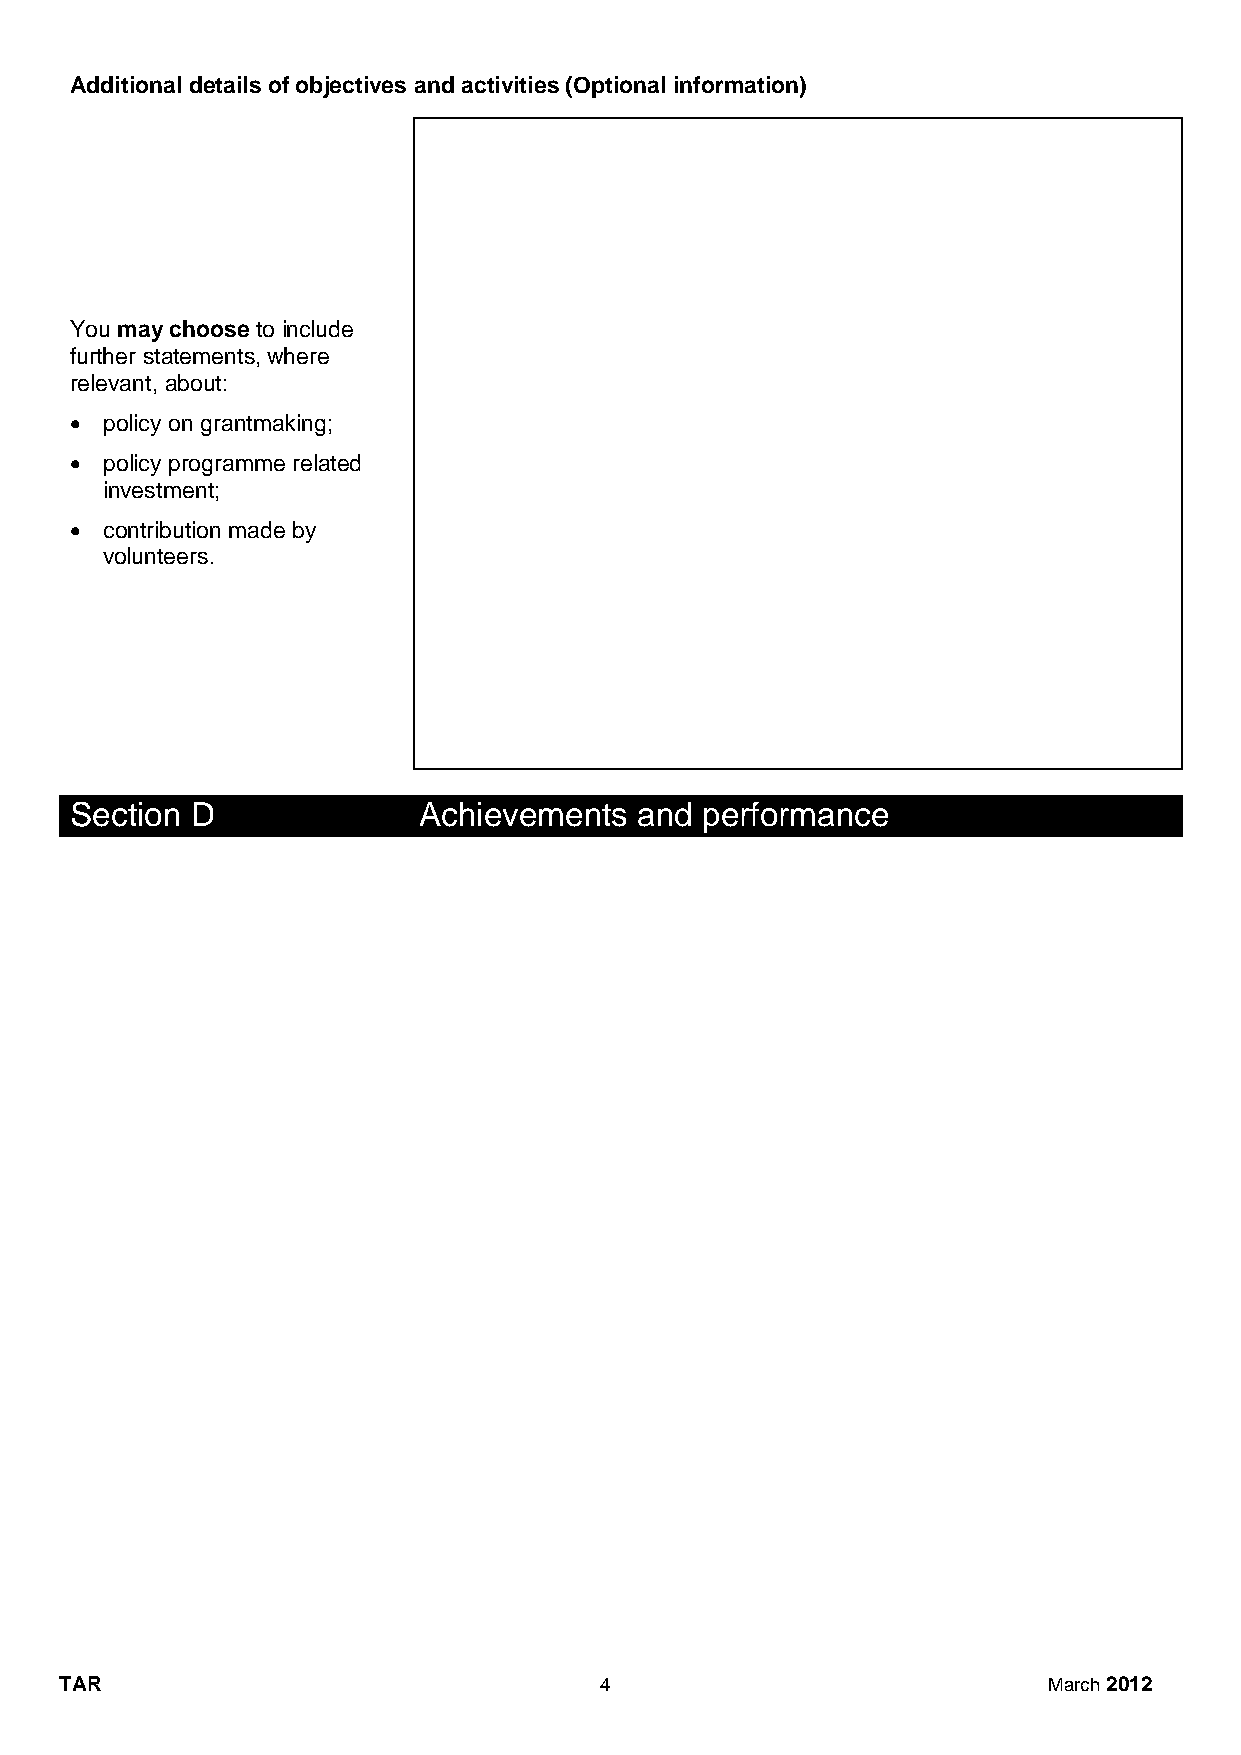
Additional details of objectives and activities (Optional information)
 You may choose to include
 further statements, where
 relevant, about:
  policy on grantmaking;
  policy programme related
 investment;
  contribution made by
 volunteers.
 Section D              Achievements  and performance
 TAR                                 4                            March 2012